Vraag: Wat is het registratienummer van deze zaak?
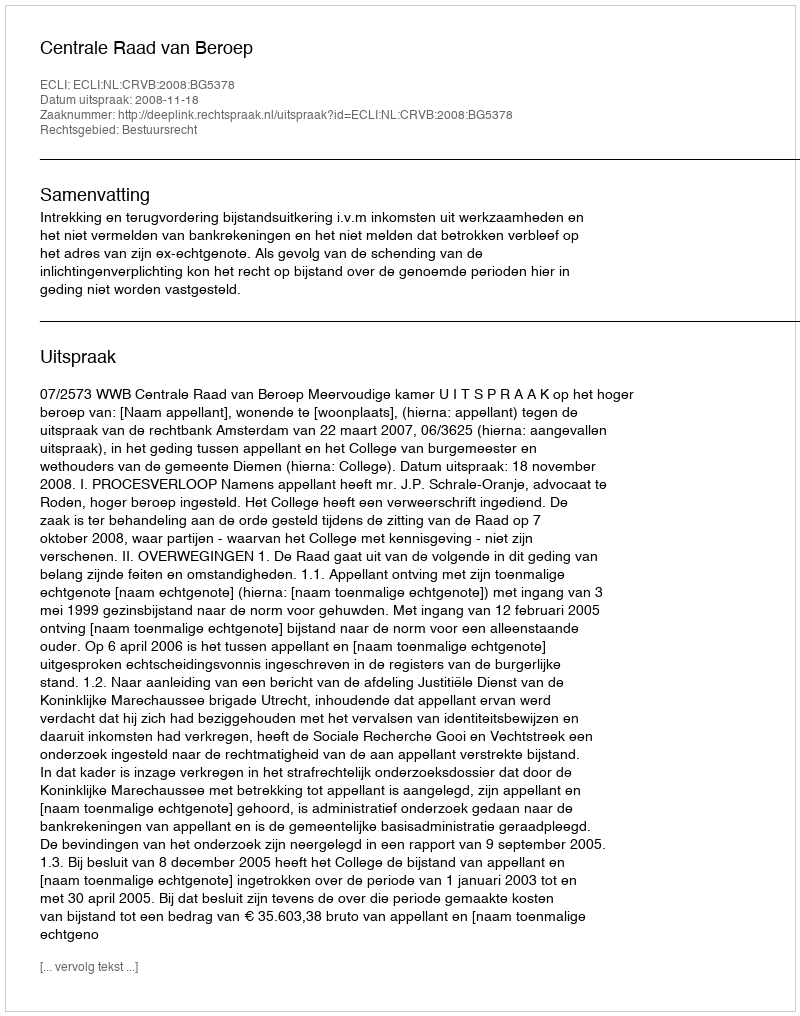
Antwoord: http://deeplink.rechtspraak.nl/uitspraak?id=ECLI:NL:CRVB:2008:BG5378